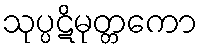
သုပ္ပဋိမုတ္တကော